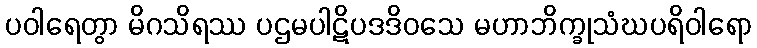
ပဝါရေတွာ မိဂသိရဿ ပဌမပါဋိပဒဒိဝသေ မဟာဘိက္ခုသံဃပရိဝါရော